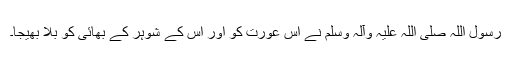
رسول اللہ صلی اللہ علیہ وآلہ وسلم نے اس عورت کو اور اس کے شوہر کے بھائی کو بلا بھیجا۔